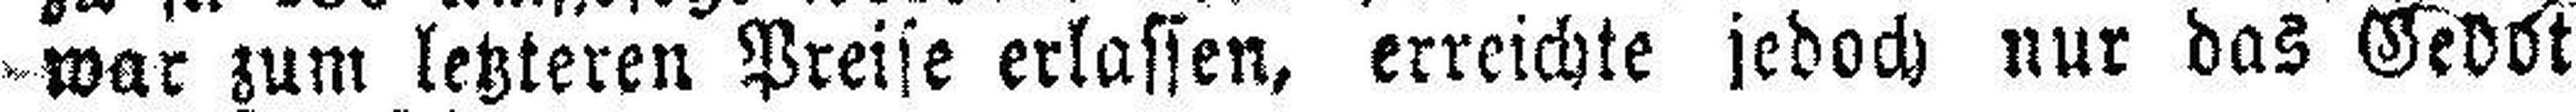
war zum letzteren Preise erlassen, erreichte jedoch nur das Ge###ot